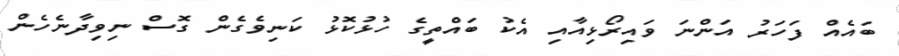
ބައެއް ފަހަރު އަންނަ ވައިރޯޅިއާއި އެކު ބައްތީގެ ހުޅުކޮޅު ކަނިވެގެން ގޮސް ނިވިދާނެހެން